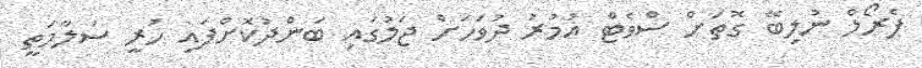
ޕެރޯލް ނުލިބޭ ގޮތަށް ސްވެޓް އުމުރު ދުވަހަށް ޖަލުގައި ބަންދުކޮށްފައި ހުރީ ސަލާމަތީ